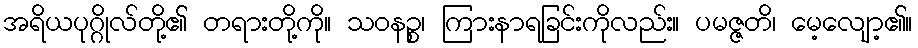
အရိယပုဂ္ဂိုလ်တို့၏ တရားတို့ကို။ သဝနဉ္စ၊ ကြားနာရခြင်းကိုလည်း။ ပမဇ္ဇတိ၊ မေ့လျော့၏။